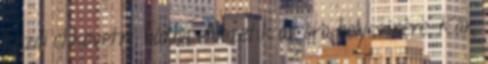
kezdi el követni, hátha elvezetik az óra helyszínére. Kár,